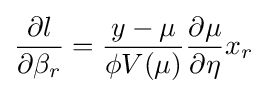
{\frac {\partial l}{\partial \beta _{r}}}={\frac {y-\mu }{\phi V(\mu )}}{\frac {\partial \mu }{\partial \eta }}x_{r}